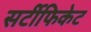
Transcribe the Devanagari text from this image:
सर्टीफिकेट